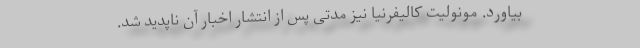
بیاورد. مونولیت کالیفرنیا نیز مدتی پس از انتشار اخبار آن ناپدید شد.